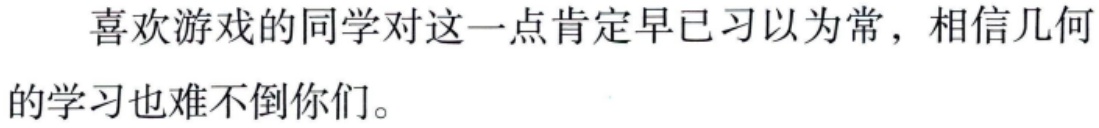
喜欢游戏的同学对这一点肯定早已习以为常，相信几何的学习也难不倒你们。